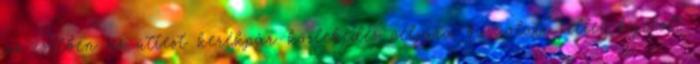
az esetben az úttest kerékpár-közlekedés céljára burkolati jellel kijelölt